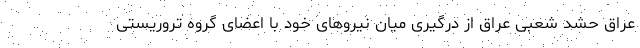
عراق حشد شعبی عراق از درگیری میان نیروهای خود با اعضای گروه تروریستی